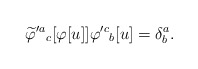
\begin{align*}\widetilde \varphi'^a{}_c[\varphi[u]] \varphi'^c{}_b[u] = \delta^a_b.\end{align*}